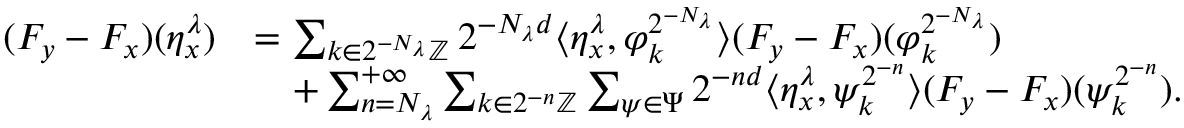
\begin{array} { r l } { ( F _ { y } - F _ { x } ) ( \eta _ { x } ^ { \lambda } ) } & { = \sum _ { k \in 2 ^ { - N _ { \lambda } } \mathbb { Z } } 2 ^ { - N _ { \lambda } d } \langle \eta _ { x } ^ { \lambda } , \varphi _ { k } ^ { 2 ^ { - N _ { \lambda } } } \rangle ( F _ { y } - F _ { x } ) ( \varphi _ { k } ^ { 2 ^ { - N _ { \lambda } } } ) } \\ & { \quad + \sum _ { n = N _ { \lambda } } ^ { + \infty } \sum _ { k \in 2 ^ { - n } \mathbb { Z } } \sum _ { \psi \in \Psi } 2 ^ { - n d } \langle \eta _ { x } ^ { \lambda } , \psi _ { k } ^ { 2 ^ { - n } } \rangle ( F _ { y } - F _ { x } ) ( \psi _ { k } ^ { 2 ^ { - n } } ) . } \end{array}